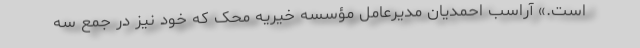
است.» آراسب احمدیان مدیرعامل مؤسسه خیریه محک که خود نیز در جمع سه